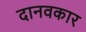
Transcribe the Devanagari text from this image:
दानवकार